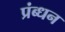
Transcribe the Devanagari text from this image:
प्रंब्धन